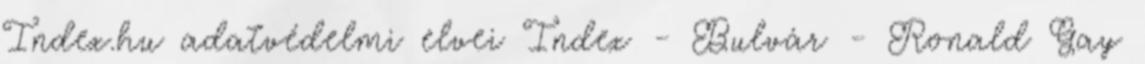
Index.hu adatvédelmi elvei Index - Bulvár - Ronald Gay